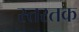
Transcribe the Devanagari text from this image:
स्तरतक